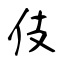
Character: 伎